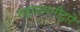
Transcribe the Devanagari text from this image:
महाधमनीद्वारे